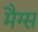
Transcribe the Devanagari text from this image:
मैग्स